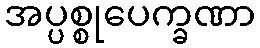
အပ္ပစ္စုပေက္ခဏာ